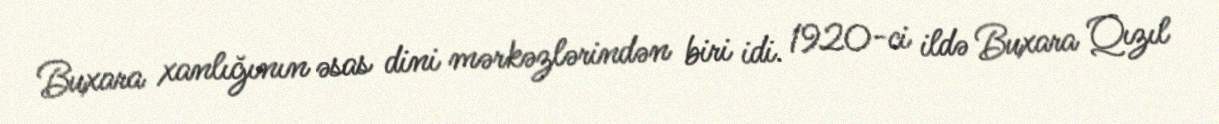
Buxara xanlığının əsas dini mərkəzlərindən biri idi. 1920-ci ildə Buxara Qızıl